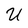
Character: U